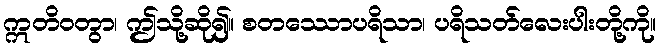
ဣတိဝတွာ၊ ဤသို့ဆို၍။ စတဿောပရိသာ၊ ပရိသတ်လေးပါးတို့ကို။